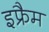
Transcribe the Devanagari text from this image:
इफ्रैम